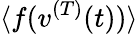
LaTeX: \langle f(v^{(T)}(t))\rangle